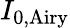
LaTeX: I_{0,\mathrm{Airy}}